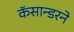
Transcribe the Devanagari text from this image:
कॅसान्डरने